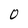
Character: 0